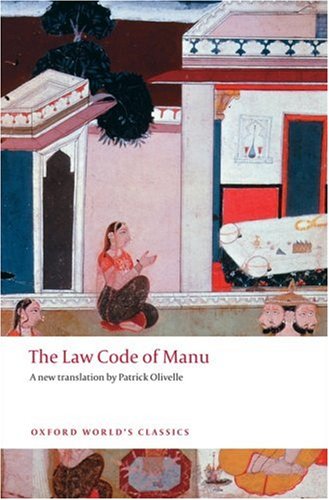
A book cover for The Law Code of Manu (Oxford World's Classics); Law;